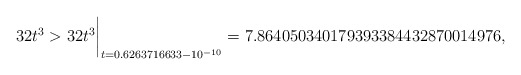
\begin{align*}32t^3 > 32t^3\biggr\rvert_{t=0.6263716633 - 10^{-10}} = 7.864050340179393384432870014976 ,\end{align*}